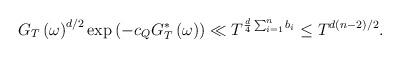
LaTeX: \begin{align*}G_{T}\left(\omega\right)^{d/2}\exp\left(-c_{Q}G{}_{T}^{*}\left(\omega\right)\right)\ll T^{\frac{d}{4}\sum_{i=1}^{n}b_{i}}\leq T^{d\left(n-2\right)/2}.\end{align*}